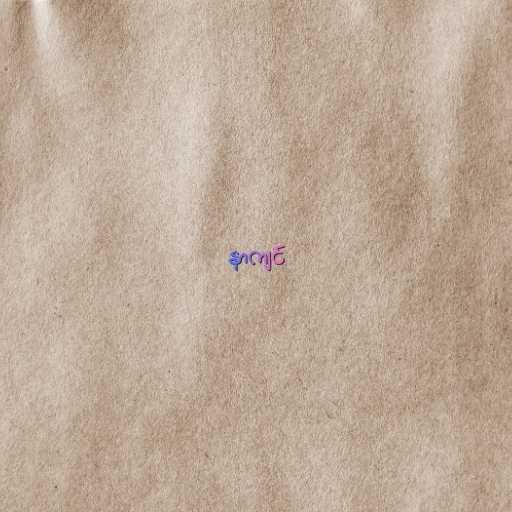
နာကျင်